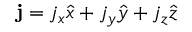
\mathbf { j } = j _ { x } \hat { x } + j _ { y } \hat { y } + j _ { z } \hat { z }